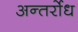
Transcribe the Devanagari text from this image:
अन्तर्रोध